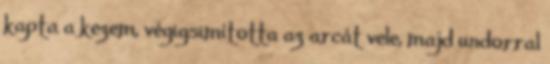
kapta a kezem, végigsimította az arcát vele, majd undorral